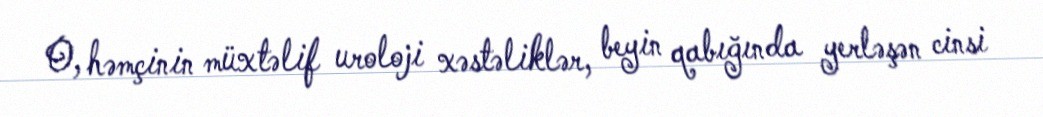
O, həmçinin müxtəlif uroloji xəstəliklər, beyin qabığında yerləşən cinsi